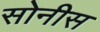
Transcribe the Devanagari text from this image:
सोनीस